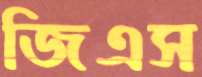
জিএস